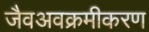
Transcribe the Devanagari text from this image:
जैवअवक्रमीकरण